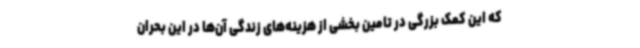
که این کمک بزرگی در تامین بخشی از هزینه‌های زندگی آن‌ها در این بحران